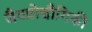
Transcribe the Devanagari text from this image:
जैवप्रोद्यौगिकी